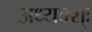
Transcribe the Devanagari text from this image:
अध्यक्श्ः